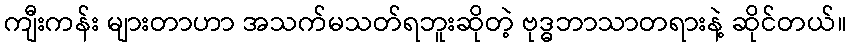
ကျီးကန်း များတာဟာ အသက်မသတ်ရဘူးဆိုတဲ့ ဗုဒ္ဓဘာသာတရားနဲ့ ဆိုင်တယ်။